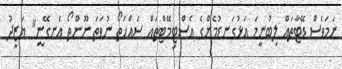
ނަމަވެސް ޑޭޓާތައް ލިބުނީމަ އަޅުގަނޑުމެންގެ އެސްޓިމޭޓްތައް ސައްހަތޯ ނުވަތަ ނޫންތޯ އެނގޭނީ" ޔަޒީދު